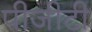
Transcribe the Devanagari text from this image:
पीजीटी